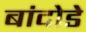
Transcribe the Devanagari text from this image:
बांदोडे